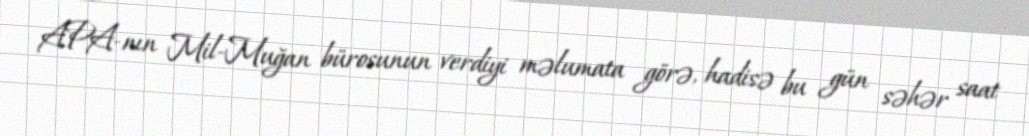
APA-nın Mil-Muğan bürosunun verdiyi məlumata görə, hadisə bu gün səhər saat